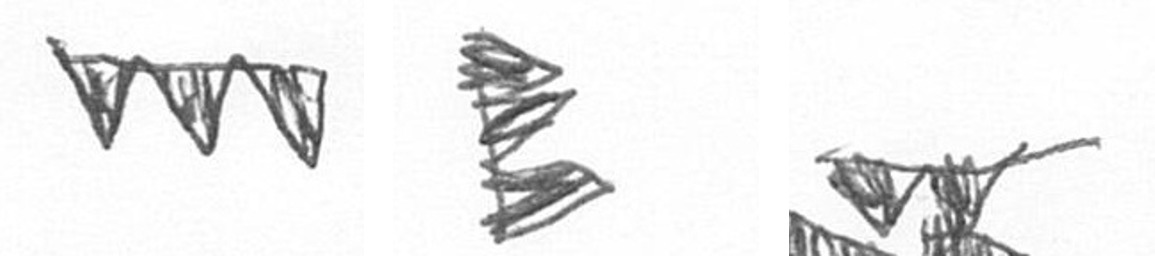
L H B